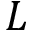
L